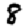
Digit: 8